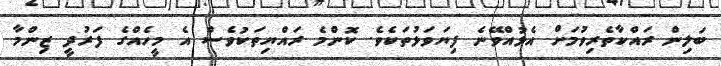
ބަލިން ރައްކާތެރިވުމަށް އެޅުއްވޭނެ ފިޔަވަޅުތަކެވެ. ކޮންމެ ރައްޔިތަކުވެސް އެ މީހެއްގެ ފަރުދީ ޒިންމާ